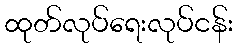
ထုတ်လုပ်ရေးလုပ်ငန်း